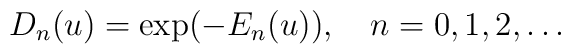
D_n(u)=\exp(-E_n(u)),\quad n=0,1,2,\ldots